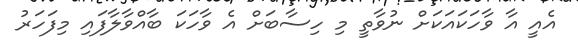
އެއީ އާ ވާހަކައަކަށް ނުވާތީ މި ހިސާބަށް އެ ވާހަކަ ބާއްވާލާފައި މިފަހަރު